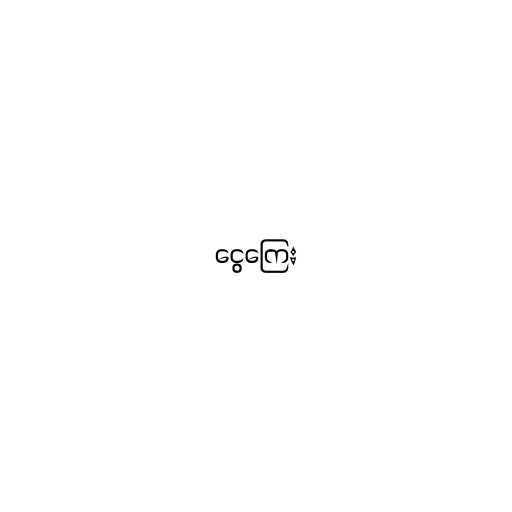
ငွေကြေး